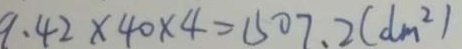
9 . 4 2 \times 4 0 \times 4 = 1 5 0 7 . 2 ( d m ^ { 2 } )